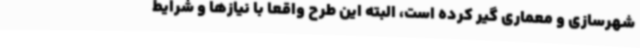
شهرسازی و معماری گیر کرده است، البته این طرح واقعا با نیازها و شرایط